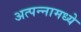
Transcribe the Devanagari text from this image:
अत्‍पन्‍नामध्‍ये